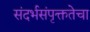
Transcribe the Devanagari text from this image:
संदर्भसंपृक्ततेचा